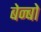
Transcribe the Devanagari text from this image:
बेन्बो